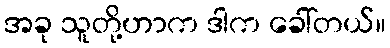
အခု သူတို့ဟာက ဒါက ခေါ်တယ်။